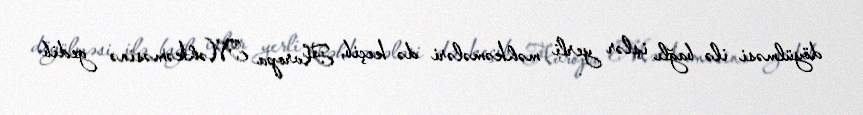
döyülməsi ilə bağlı işlər yerli məhkəmələri də keçib, Avropa Məhkəməsinə gedib